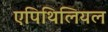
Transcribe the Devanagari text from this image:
एपिथिलियल